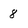
Character: 8